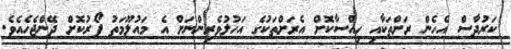
ކަރުދާސް އެހެން ރަށްތަކާއި ހިއްސާކޮށް އެރަށްތަކުގެ އަހުލުވެރިންނަށް އެ މައުލޫމަތު ފޯރުކޮށް ދޭންޖެހެއެވެ.